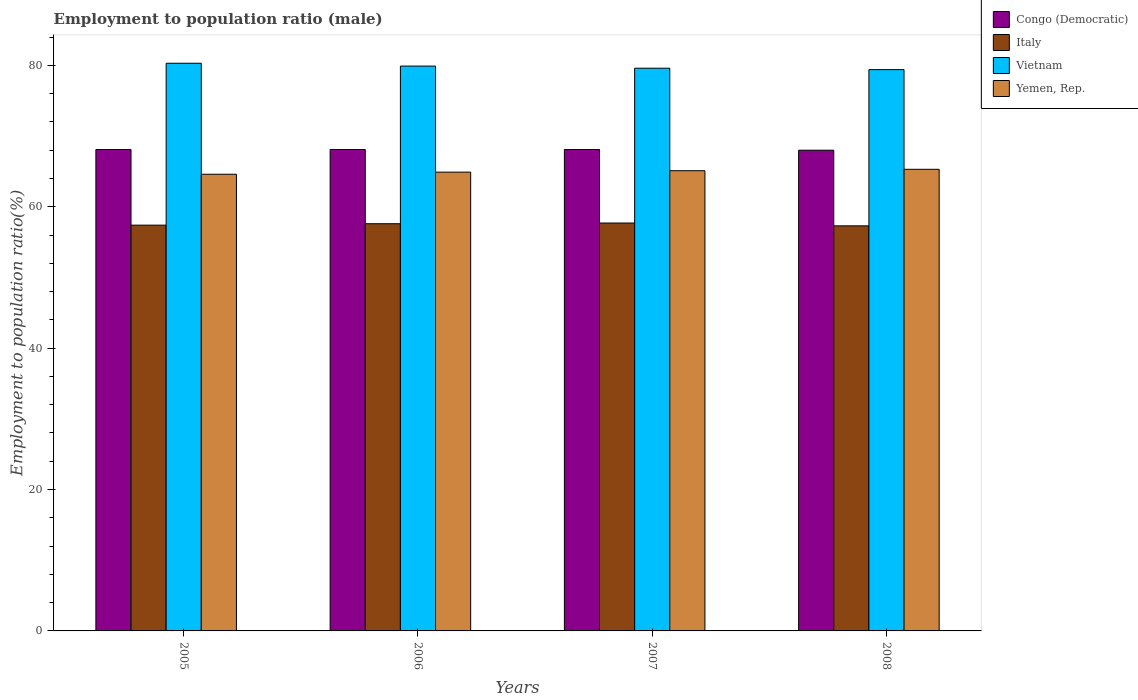
| Years | Congo (Democratic) | Italy | Vietnam | Yemen, Rep. |
 | --- | --- | --- | --- | --- |
 | 2005 | 68.1 | 57.4 | 80.3 | 64.6 |
 | 2006 | 68.1 | 57.6 | 79.9 | 64.9 |
 | 2007 | 68.1 | 57.7 | 79.6 | 65.1 |
 | 2008 | 68 | 57.3 | 79.4 | 65.3 |